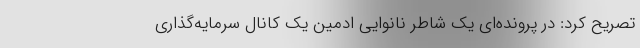
تصریح کرد: در پرونده‌ای یک شاطر نانوایی ادمین یک کانال سرمایه‌گذاری